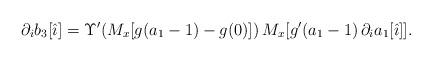
LaTeX: \begin{align*}\partial_i b_3[\hat{\imath}]=\Upsilon'(M_x[g(a_1-1)-g(0)])\,M_x[g'(a_1-1)\,\partial_i a_1[\hat{\imath}]].\end{align*}